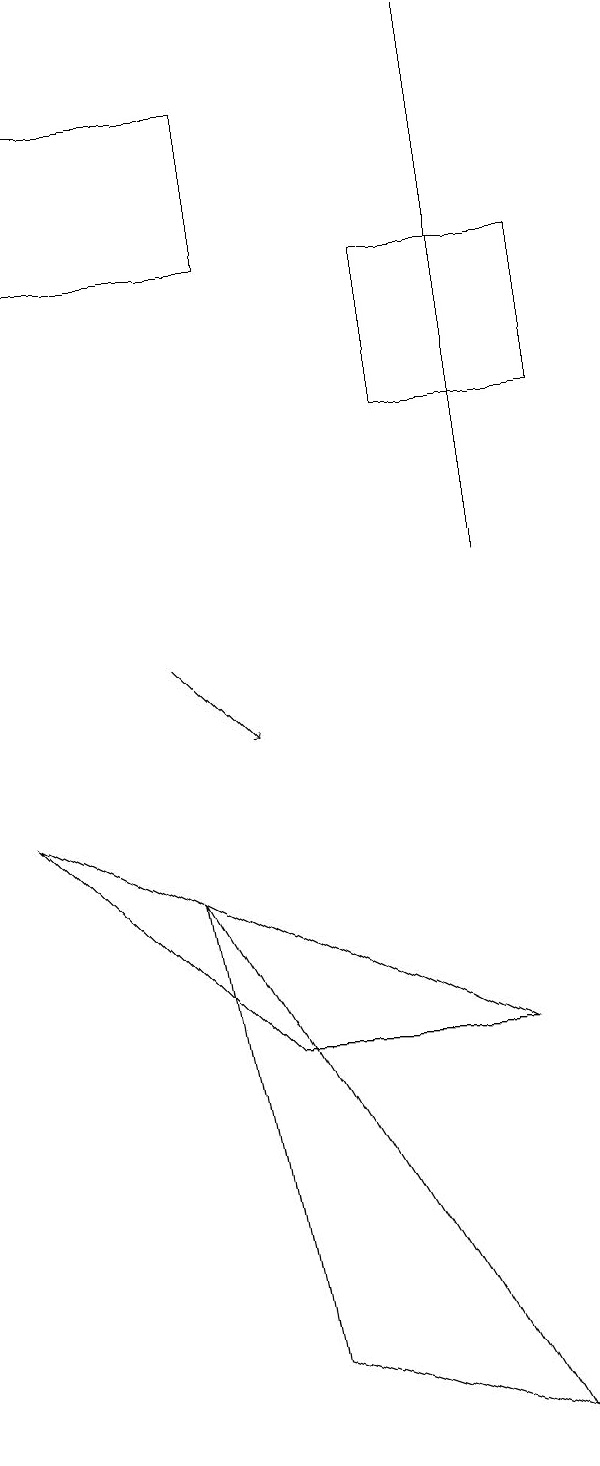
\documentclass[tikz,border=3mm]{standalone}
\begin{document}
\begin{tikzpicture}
\draw (4,2) -- (3,8) -- (7,1) -- cycle;
\draw[->] (3,11) -- (4,10);
\draw (1,9) -- (4,6) -- (7,6) -- cycle;
\draw (7,19) rectangle (7,12);
\draw (8,14) rectangle (6,16);
\draw (4,16) rectangle (1,18);
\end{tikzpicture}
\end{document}